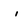
Character: i